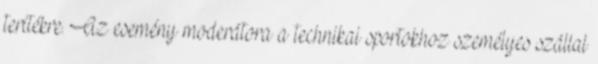
terítékre. Az esemény moderátora a technikai sportokhoz személyes szállal